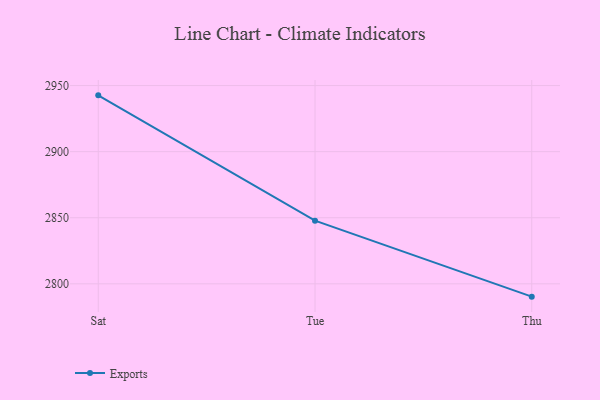
{"axis": {"x": "Day", "y": "Revenue (USD Million)"}, "legend": ["Exports"], "data": [{"x": "Sat", "y": 2942.6, "type": "Exports"}, {"x": "Tue", "y": 2847.8, "type": "Exports"}, {"x": "Thu", "y": 2790.3, "type": "Exports"}]}